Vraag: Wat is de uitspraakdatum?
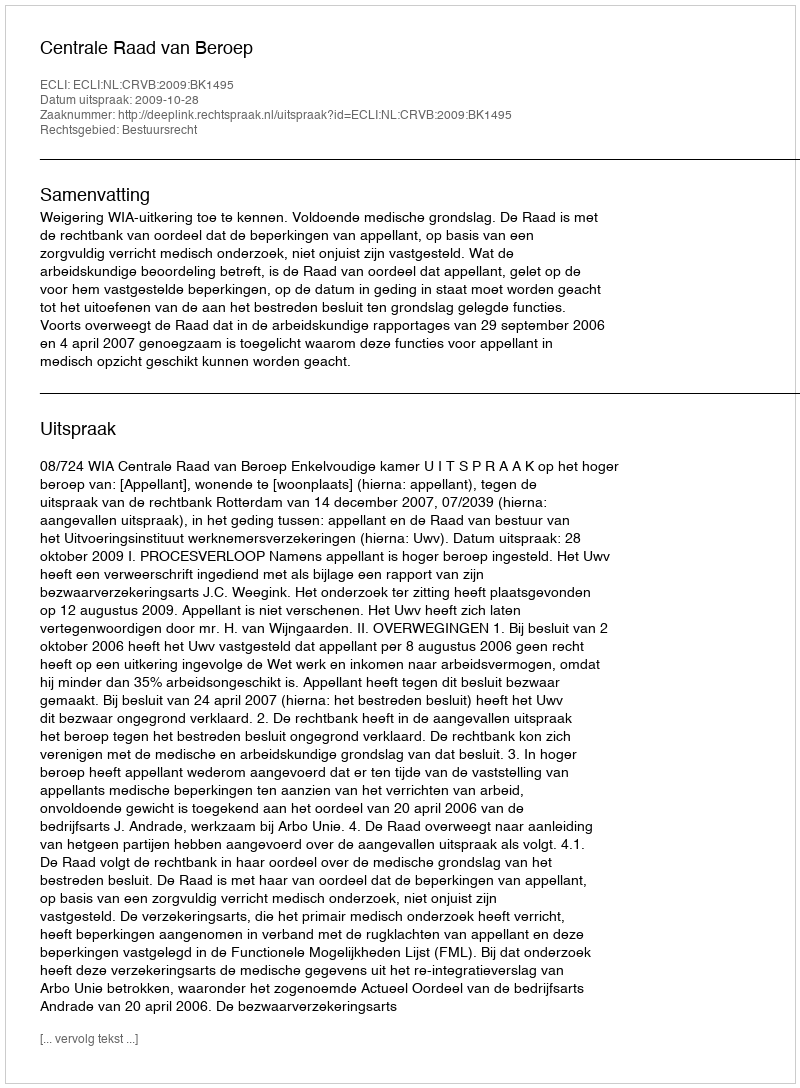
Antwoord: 2009-10-28